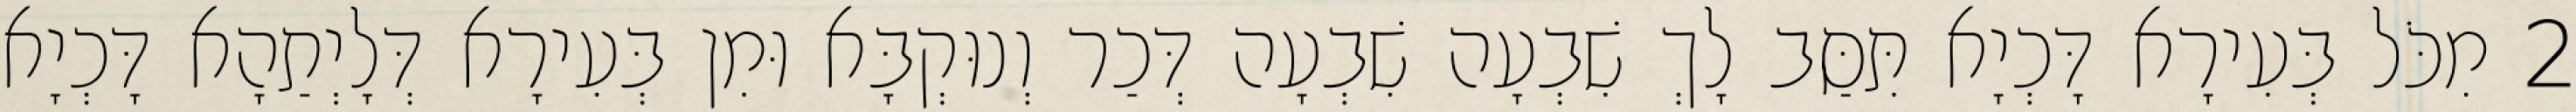
2 מִכֹּל בְּעִירָא דָּכְיָא תִּסַּב לָךְ שִׁבְעָה שִׁבְעָה דְּכַר וְנוּקְבָּא וּמִן בְּעִירָא דְּלָיְתַהָא דָּכְיָא